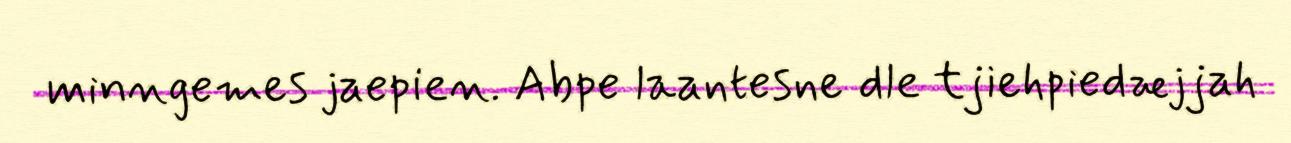
minngemes jaepien. Abpe laantesne dle tjiehpiedæjjah